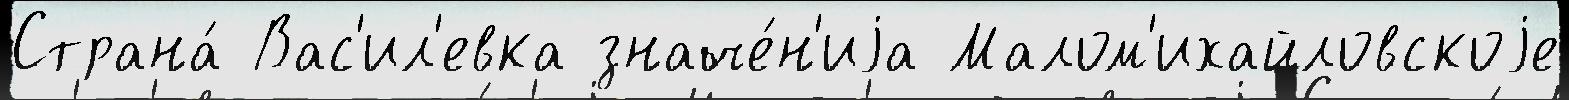
Страна́ Вас'ил'евка значе́н'иjа Малом'ихайловскоjе